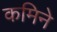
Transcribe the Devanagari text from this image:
कमिने